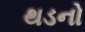
થડનો